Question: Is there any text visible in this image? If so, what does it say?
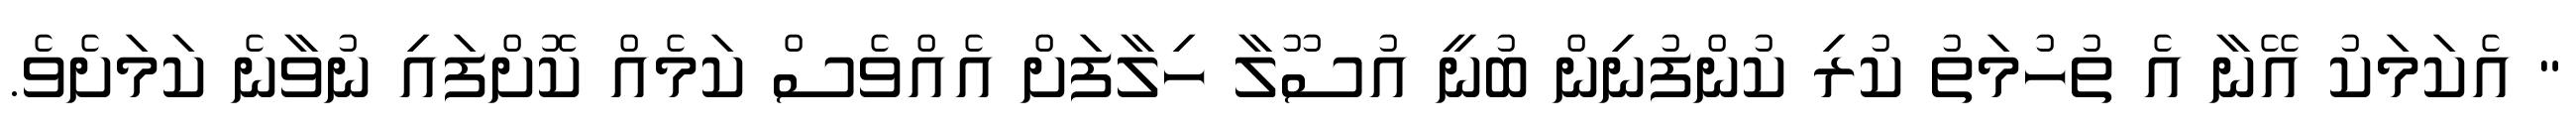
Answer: " އެކަމަކު އޭނާ އެ ތުހުމަތު ކުރި ކުންފުނިން ބުނީ އުސޫލާ ހިލާފަށް އެއްވެސް ކަމެއް ކޮށްފައި ނުވާނެ ކަމަށެވެ.